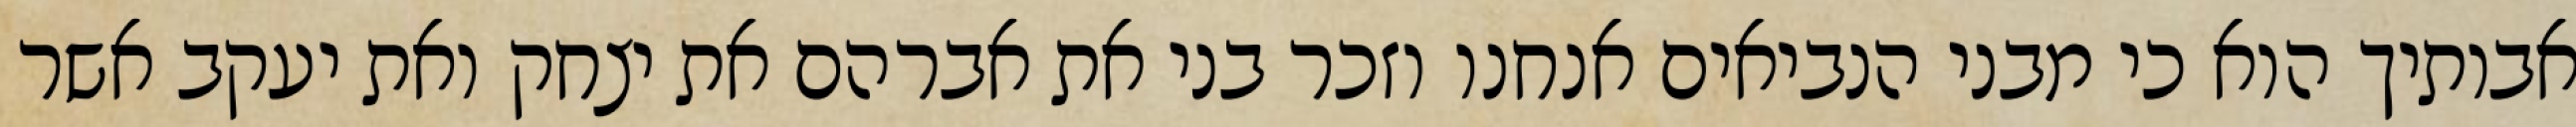
אבותיך הוא כי מבני הנביאים אנחנו וזכר בני את אברהם את יצחק ואת יעקב אשר